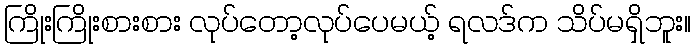
ကြိုးကြိုးစားစား လုပ်တော့လုပ်ပေမယ့် ရလဒ်က သိပ်မရှိဘူး။